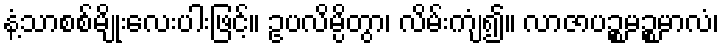
နံ့သာစစ်မျိုးလေးပါးဖြင့်။ ဥပလိမ္ပိတွာ၊ လိမ်းကျံ၍။ လာဇာပဉ္စမဉ္စမာလံ၊